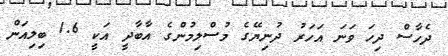
ދެހާސް ދިހަ ވަނަ އަހަރު ދުނިޔޭގެ މުސްލިމުންގެ އާބާދީ އަކީ 1.6 ބިލިއަން